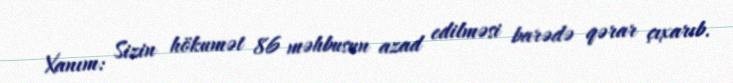
Xanım: Sizin hökumət 86 məhbusun azad edilməsi barədə qərar çıxarıb.